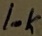
Text: 10K